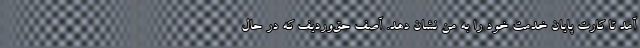
آمد تا کارت پایان خدمت خود را به من نشان دهد. آصف حق‌وردیف که در حال